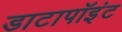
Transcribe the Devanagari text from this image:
डाटापॉइंट